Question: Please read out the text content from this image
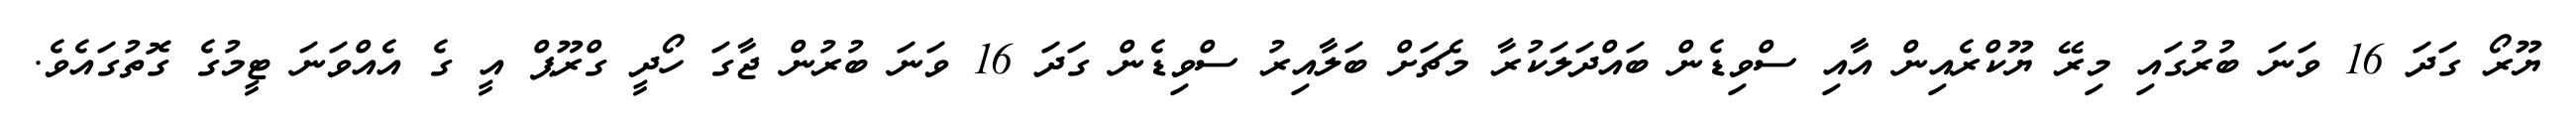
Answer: ޔޫރޯ ގަދަ 16 ވަނަ ބުރުގައި މިރޭ ޔޫކްރެއިން އާއި ސްވިޑެން ބައްދަލަކުރާ މެޗަށް ބަލާއިރު ސްވިޑެން ގަދަ 16 ވަނަ ބުރުން ޖާގަ ހޯދީ ގްރޫޕް އީ ގެ އެއްވަނަ ޓީމުގެ ގޮތުގައެވެ.